Civil Veterinary Department. United Provinces 1912-22 - 1912-1922
Year: 1912
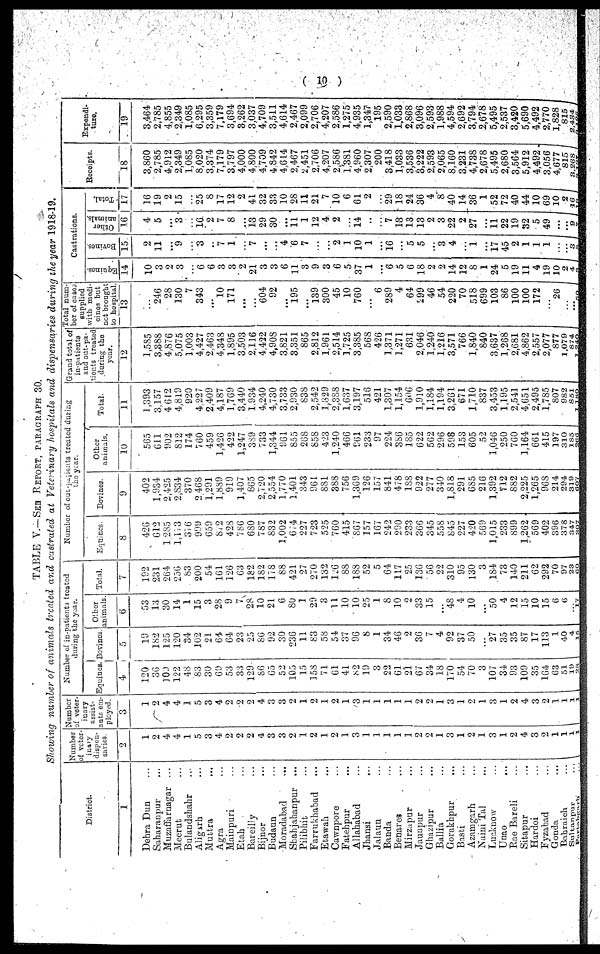
(10)
TABLE V.—SEE REPORT, PARAGRAPH 30.
Showing number of animals treated and castrated at Veterinary hospitals and dispensaries during the year 1918-19.
District.
1
Dehra Dun ...
Saharanpur ...
Muzaffarnagar ...
Meerut ...
Bulandshahr ...
Aligarh ...
Muttra ...
Agra ...
Mainpuri ...
Etah ...
Bareilly ...
Bijnor ...
Budaun ...
Moradabad ...
Shahjahanpur
...
Pilibhit ...
Farrukhabad ...
Etawah ...
Cawnpore ...
Fatehpur ...
Allahabad ...
Jhansi
...
Jalaun ...
Banda ...
Benares
Mirzapur ...
Jaunpur ...
Ghazipur ...
Ballia ...
Gorakhpur ...
Basti ...
Azamgarh ...
Naini Tal ...
Lucknow ...
Unao ...
Rae Bareli ...
Sitapur ...
Hardoi ...
Fyzabad ...
Gonda ...
Bahraich ...
Sultanpur ...
Partabgarh ...
Number
of veter-
inary
dispen-
saries
2
1
2
4
4
1
5
3
4
2
2
2
4
3
3
2
1
2
1
2
1
3
1
1
1
1
1
2
2
1
3
1
2
1
3
1
2
4
3
2
1
1
1 1
Number
of veter-
inary
assist-
ants em-
ployed.
3
1
2
4
4
1
5
3
4
2
2
2
4
3
3
2
1
2
1
2
1
3
1
1
1
1
1
2
2
1
3
1
2
1
3
1
2
4
3
2
1
1
1 1
Number of in-patients treated
during the year.
Equines.
4
120
3G
100
122
48
83
30
69
53
33
129
86
65
52
105
15
158
71
61
41
82
19
3
22
61
21
67
34
18
170
54
70
3
107
34
93
100
35
164
63
51
19
28
Bovinos.
5
19
182
125
120
34
102
21
64
64
23
25
86
92
30
236
11
83
58
54
37
96
8
1
34
46
2
36
7
4
92
37
50
...
27
35
35
87
17
113
1
40
4
15
Other
animals.
6
53
13
30
14
1
15
3
28
9
28
10
21
6
80
1
29
3
11
10
10
25
1
8
10
...
33
15
...
48
4
10
...
50
4
12
15
10
15
6
6
...
17
Total.
7
192
231
264
256
83
200
54
161
126
63
182
182
178
88
421
27
270
132
126
88
188
52
5
64
117
25
136
56
22
310
95
130
3
184
73
140
211
62
292
70
97
23
60
Number of out-patients treated during
the year.
Equines.
8
426
612
1 285
1,113
376
999
659
812
423
786
680
787
832
1,002
674
227
723
525
760
415
867
157
167
242
290
233
366
345
558
845
227
420
569
1,015
233
899
1,262
569
402
S9G
378
347
307
Bovines.
9
402
1,934
2,425
2,834
370
2 468
1,291
1,889
919
1,407
865
2,720
2,554
1,770
1,401
343
961
881
388
756
1,369
126
157
841
478
188
922
277
340
1,818
291
685
216
1,392
712
882
2,225
1,265
96S
214
294
319
607
Other
animals.
10
565
611
902
812
174
760
459
1,426
422
1,247
389
733
1,344
961
855
268
858
423
1,240
466
961
233
97
224
386
135
622
562
296
598
153
605
52
1,046
250
760
1,164
661
415
197
310
185
266
Total.
11
1,393
3,157
4 612
4,819
920
4.227
2,409
4,187
1,769
3,440
1.934
4,240
4,730
3,733
2,930
838
2,542
1,829
2,388
1,637
3,197
516
421
1,307
1,154
606
1,910
1,184
1,194
3,261
671
1,710
837
3,453
1,195
2,541
4,651
2,495
1,785
807
982
851
1, 180
Grand total of
in-patients
and out-pa-
tients treated
during the
year.
12
1,585
3,388
4,876
5,075
1,003
4,427
2,463
4,348
1,895
3,503
2,116
4,422
4,908
3,821
3,351
865
2,812
1,961
2,514
1,725
3,385
568
426
1,371
1,271
631
2,046
1,240
1,216
3,571
766
1,840
840
3,637
1,268
2,681
4,862
2,557
2,077
877
1,079
874
1,240
Total num-
ber of cases
supplied
with medi-
cines but
net brought
to hospital.
13
...
246
28
130
7
343
...
10
171
...
...
604
92
...
195
...
139
300
45
10
760
...
6
289
4
64
299
46
54
220
70
518
699
103
86
100
100
172
...
26
...
... 50
Castrations.
Equines.
14
10
3
2
3
...
6
6
3
3
2
21
3
3
6
11
3
9
3
6
5
37
1
...
6
5
6
18
2
2
14
12
8
1
24
5
19
11
4
19
10
2
4
3
Bovincs.
15
2
11
...
9
...
3
...
7
1
...
7 ...
...
4
6
7
...
...
2
1
10
1
...
16
...
5
5
...
3
4
...
1
...
17
45
2
1
1
1
... ,
...
3 8
Other
animals.
16
4
5
...
3
...
16
2
7
8
...
13
29
30
...
11
1
12
4
2
14
..
...
7
13
13
13
2
3
22
2
27
...
11
22
19
32
5
49
...
...
9 7
Total.
17
16
19
2
15
...
25
8
17
12
2
41
32
33
10
28
11
21
7
10
6
61
2
...
29
18
24
36
4
8
40
14
36
1
52
72
40
44
10
69
10
2
16
18
Receipts.
18
3,860
2,785
4,912
2,349
1,085
8,020
3,374
7,179
3,797
4,000
4,800
4,709
4842
4,614
2,467
2,451
2,706
4,207
2,586
1,381
4,960
2,307
200
3,418
1,033
3,536
3,222
2,593
2,065
8,160
3,231
4,738
2,678
5,495
2,680
3,564
5,912
4,492
3,056
4,677
815
3,268
2,197
Expendi-
ture.
19
3,464
2,785
4,855
2,349
1,085
6,295
3,359
7,179
3,694
3,262
3,037
4,709
3,511
4,614
2,467
2,099
2,706
4,207
2,586
1,275
4,935
1,347
195
2,590
1,033
2,868
3,096
2,593
1,988
4,594
2,692
3,794
2,678
5,495
2,537
3,420
5,690
4,492
2,770
1,828
815
2,434
3,196